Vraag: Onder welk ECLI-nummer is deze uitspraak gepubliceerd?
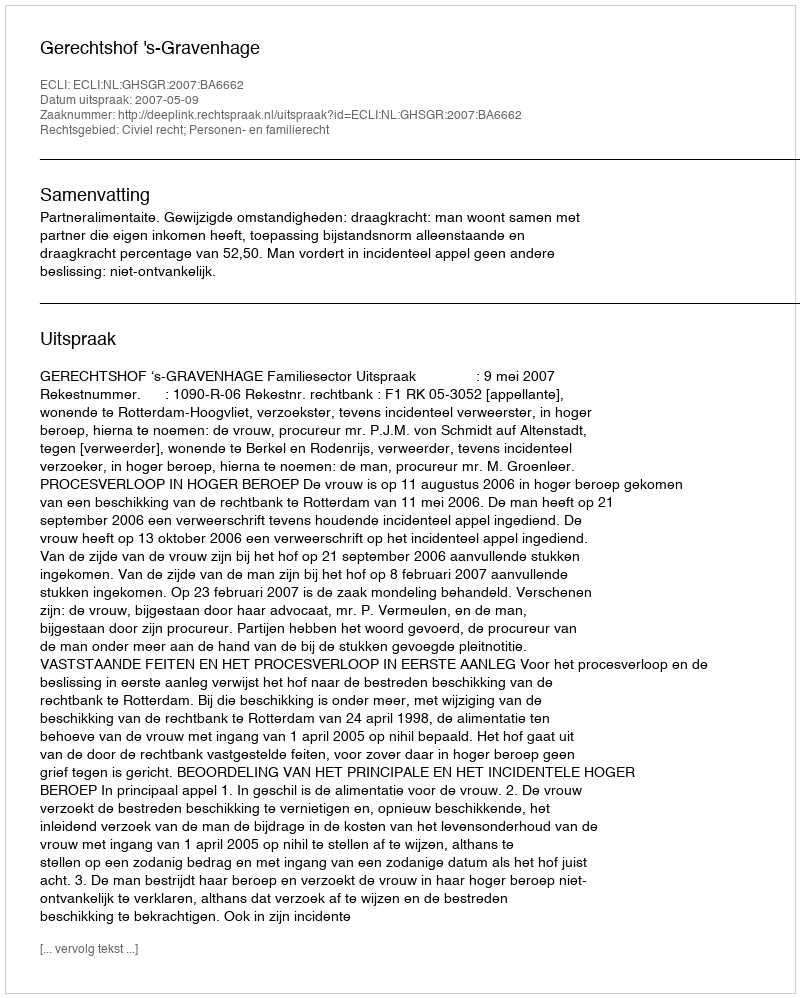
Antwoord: ECLI:NL:GHSGR:2007:BA6662